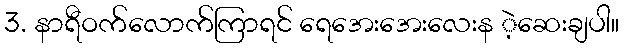
3. နာရီဝက်လောက်ကြာရင် ရေအေးအေးလေးန ဲ့ဆေးချပါ။